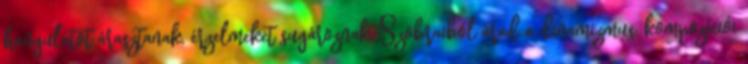
hangulatot árasztanak, érzelmeket sugároznak. Szobraiból árad a dinamizmus, kompozíciói